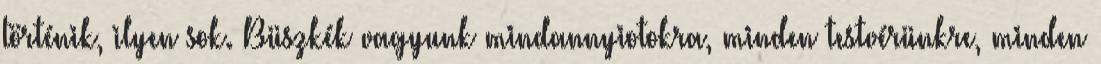
történik, ilyen sok. Büszkék vagyunk mindannyiotokra, minden testvérünkre, minden